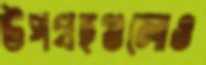
উপগ্রহগুলোও